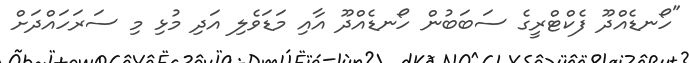
"ހޯނޑެއްދޫ ފެކްޓްރީގެ ސަބަބުން ހޯނޑެއްދޫ އާއި މަޑަވެލި އަދި މުޅި މި ސަރަހައްދަށް